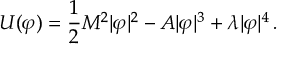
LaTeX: U ( \varphi ) = \frac { 1 } { 2 } M ^ { 2 } | \varphi | ^ { 2 } - A | \varphi | ^ { 3 } + \lambda | \varphi | ^ { 4 } \, .